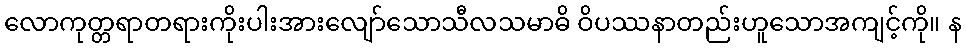
လောကုတ္တရာတရားကိုးပါးအားလျော်သောသီလသမာဓိ ဝိပဿနာတည်းဟူသောအကျင့်ကို။ န